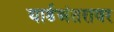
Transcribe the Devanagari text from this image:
यार्डअंतरावर